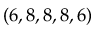
( 6 , 8 , 8 , 8 , 6 )